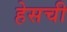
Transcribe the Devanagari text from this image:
हेसची